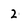
Character: 2